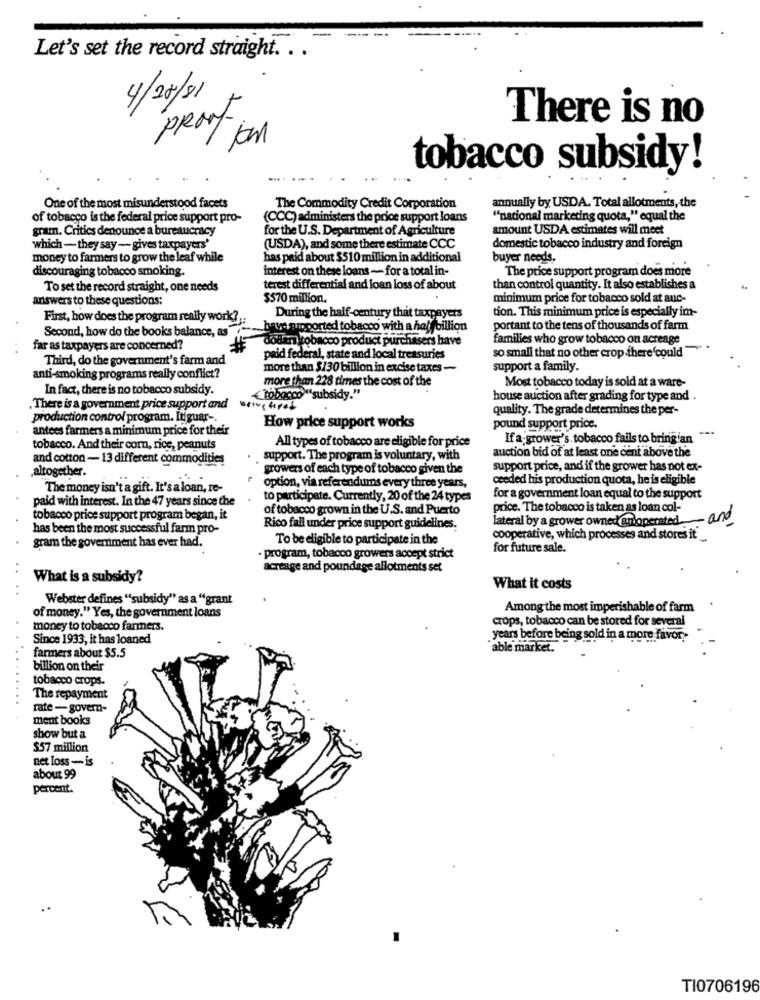
Let's set the record straight. . .
4/28/81
There is no
PRory jam
tobacco subsidy!
One of the most misunderstood facets
The Commodity Credit Corporation
annually by USDA. Total allotments, the
of tobacco is the federal price support pro-
(CCC) administers the price support loans
""national marketing quota," equal the
gram. Critics denounce a bureaucracy
for the U.S. Department of Agriculture
amount USDA estimates will meet
which- they say- gives taxpayers'
(USDA), and some there estimate CCC
domestic tobacco industry and foreign
money to farmers to grow the leaf while
has paid about $510 million in additional
buyer needs.
discouraging tobacco smoking.
interest on these loans - for a total in-
The price support program does more
To set the record straight, one needs
terest differential and loan loss of about
than control quantity. It also establishes a
answers to these questions:
$570 million.
minimum price for tobacco sold at auc-
During the half-century that taxpayers
tion. This minimum price is especially im-
First, how does the program really work ?,
Second, how do the books balance, as
have emported tobacco with a halfbillion
portant to the tens of thousands of farm
dollar tobacco product purchasers have
families who grow tobacco on acreage
far as taxpayers are concerned?
so small that no other crop there could
Third, do the government's farm and
paid federal, state and local treasuries
more than $/30 billion in excise taxes -
support a family.
anti-smoking programs really conflict?
more than 228 times the cost of the
In fact, there is no tobacco subsidy.
Most tobacco today is sold at a ware-
<tobacco "subsidy."
house auction after grading for type and .
,There is a government price support and
quality. The grade determines the per-
production control program. Itiguar -,
How price support works
antees farmers a minimum price for their
pound support price.
-
All types of tobacco are eligible for price
If a:grower's tobacco fails to bringian
tobacco. And their com, rice, peanuts
auction bid of at least one cent above the
and cotton - 13 different commodities
support. The program is voluntary, with
,altogether.
growers of each type of tobacco given the
support price, and if the grower has not ex-
ceeded his production quota, he is eligible
The money isn't a gift. It's a loan, re-
option, via referendums every three years,
paid with interest. In the 47 years since the
to participate. Currently, 20 of the 24 types
for a government loan equal to the support
of tobacco grown in the U.S. and Puerto
price. The tobacco is taken as loan col-
tobacco price support program began, it
lateral by a grower owned andoperated- and
has been the most successful farm pro-
Rico fall under price support guidelines.
To be eligible to participate in the
cooperative, which processes and stores it
gram the goverment has ever had.
for future sale.
· program, tobacco growers accept strict
..
acreage and poundage allotments set
What is a subsidy?
What it costs
Webster defines "subsidy" as a "grant
Among the most imperishable of farm
of money." Yes, the government loans
crops, tobacco can be stored for several
money to tobacco farmers.
Since 1933, it has loaned
years before being sold in a more favor ..
farmers about $5.5
able market.
billion on their
tobacco crops.
The repayment
rate - govern-
ment books
show but a
$57 million
net loss-is
about 99
percent.
TI0706196